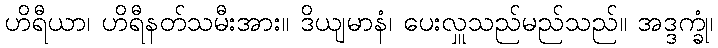
ဟိရီယာ၊ ဟိရီနတ်သမီးအား။ ဒိယျမာနံ၊ ပေးလှူသည်မည်သည်။ အဒ္ဒက္ခုံ၊